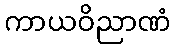
ကာယဝိညာဏံ